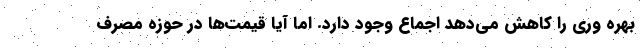
بهره وری را کاهش می‌دهد اجماع وجود دارد. اما آیا قیمت‌ها در حوزه مصرف